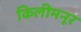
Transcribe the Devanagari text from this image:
किलीमनूर